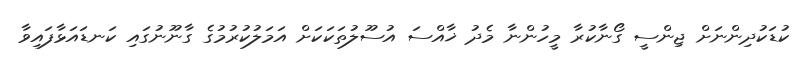
ކުޑަކުދިންނަށް ޖިންސީ ގޯނާކުރާ މީހުންނާ މެދު ޚާއްސަ އުސޫލުތަކަކަށް އަމަލުކުރުމުގެ ގާނޫނުގައި ކަނޑައަޅާފައިވާ